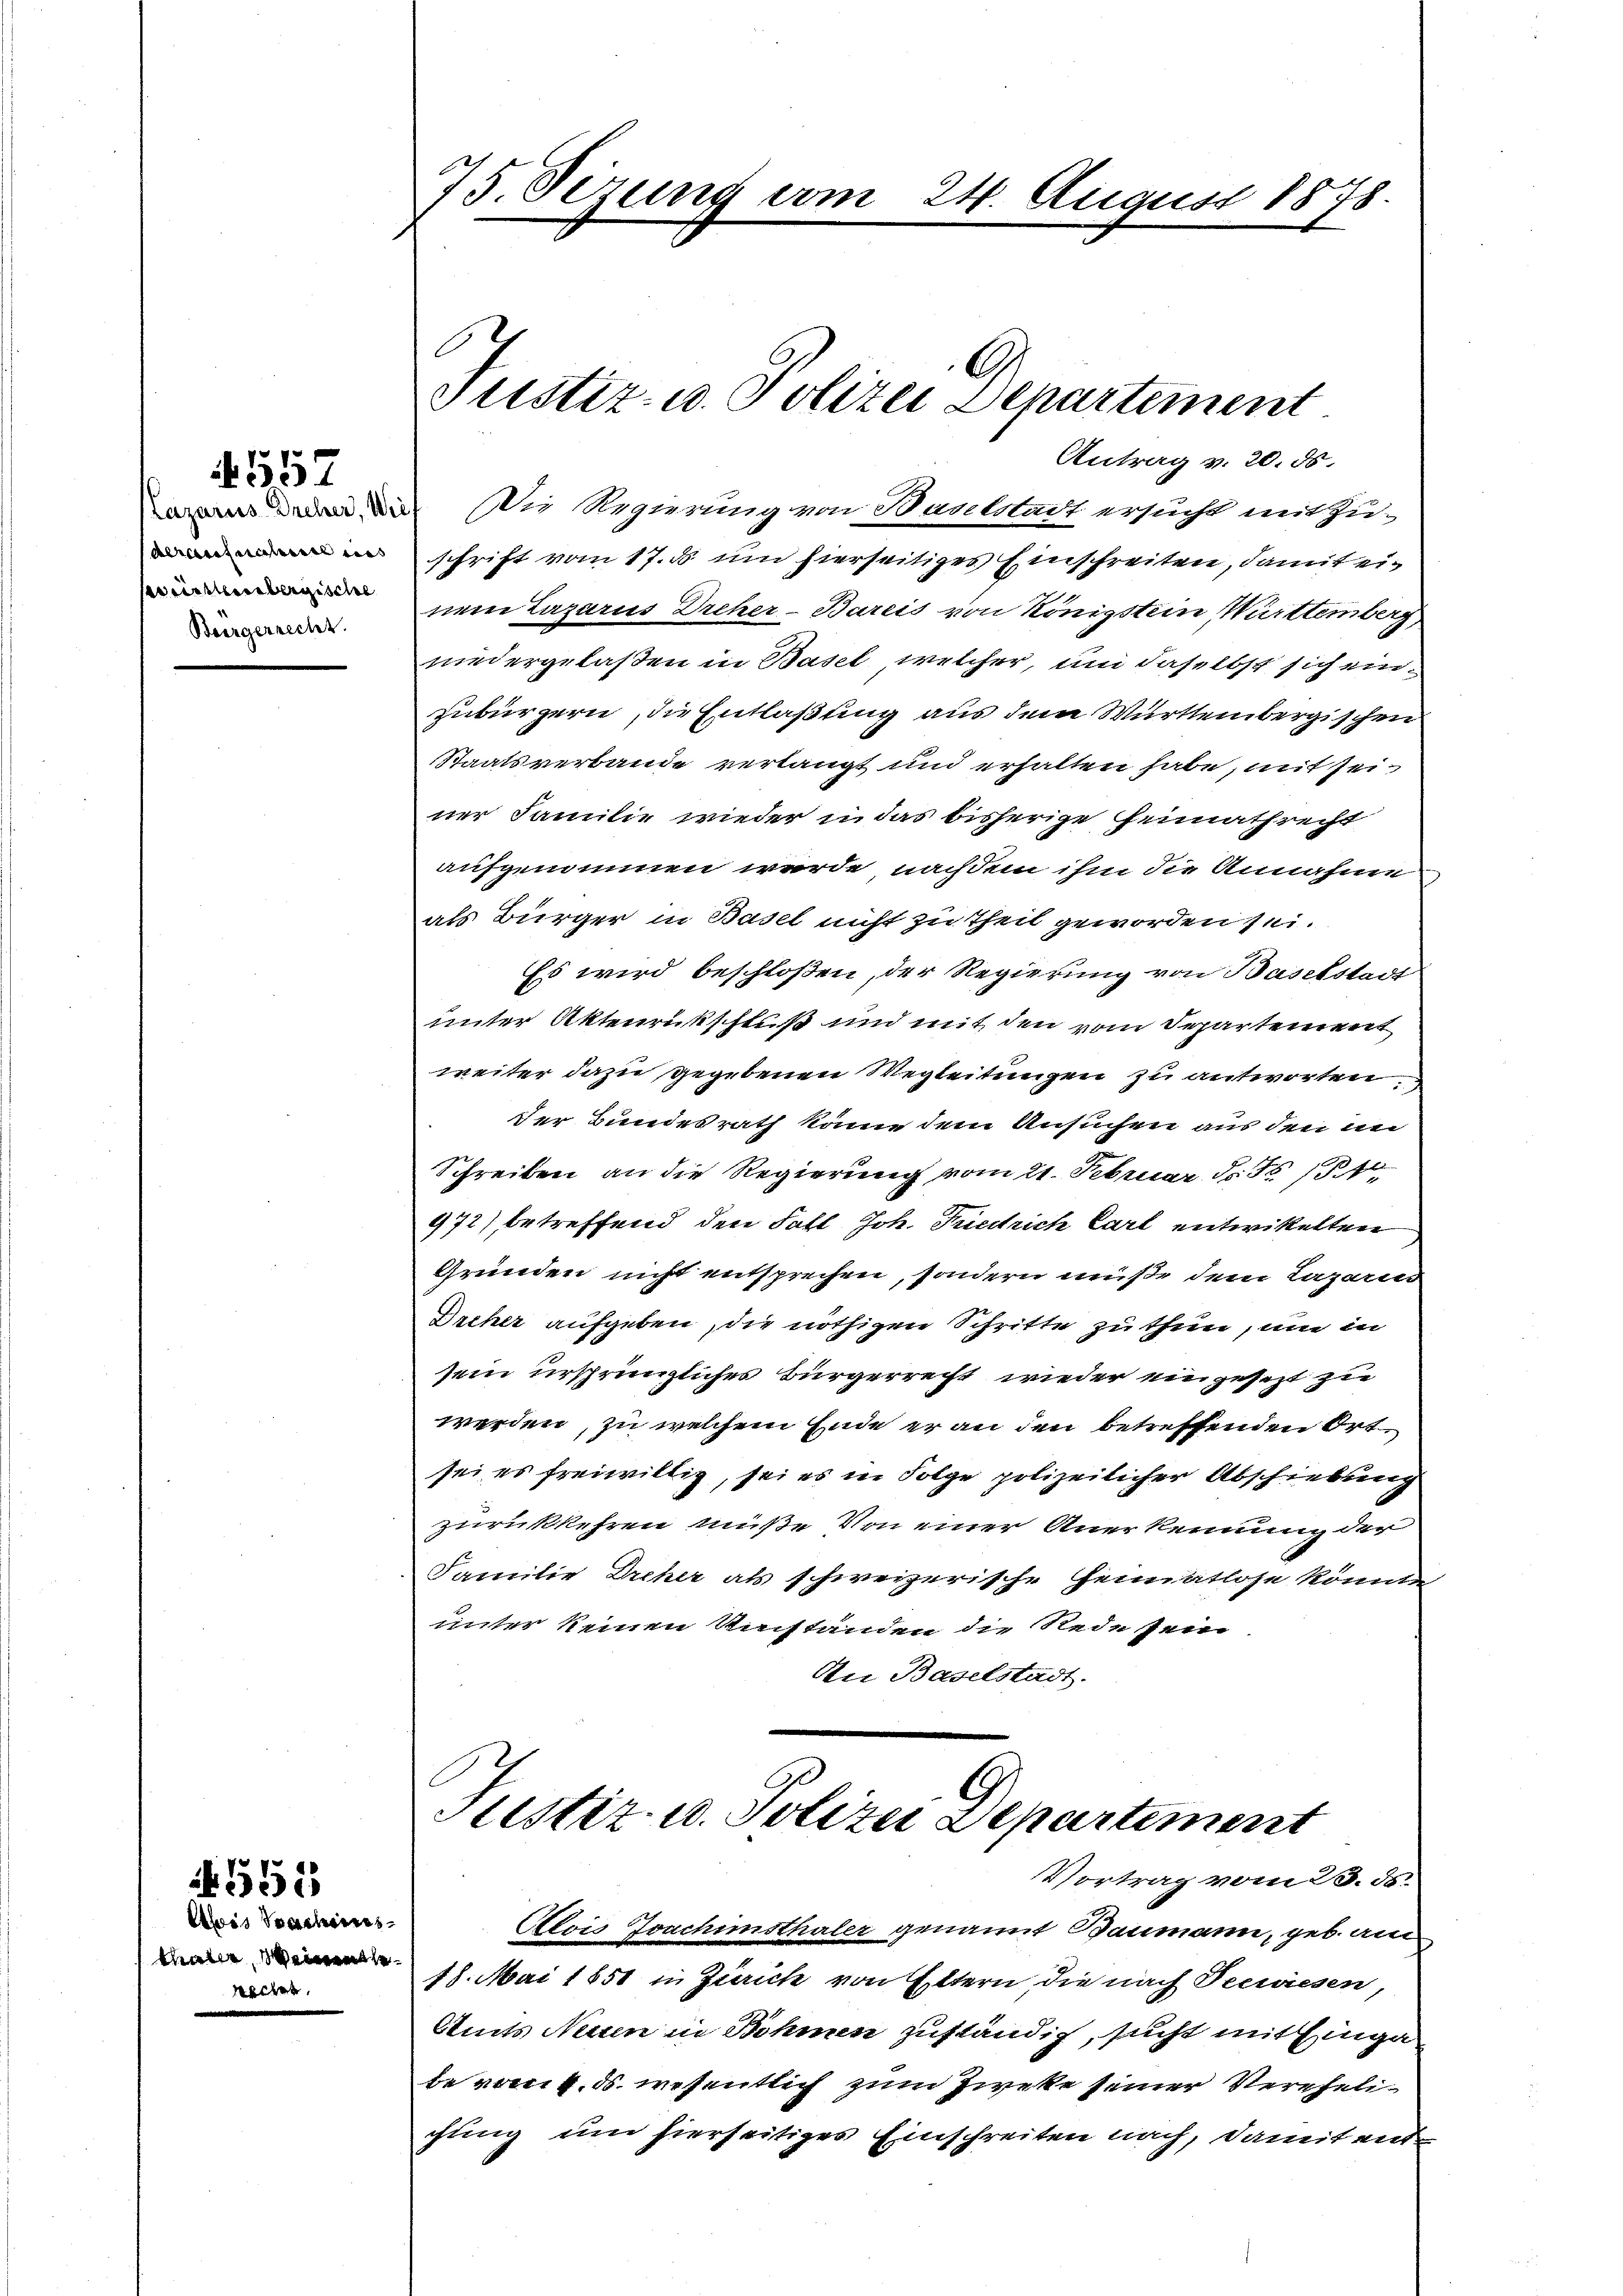
557

swirttembergische
Bergerrecht.

551

Abis Sacheines
Maier, seinets

75. Sezung am

Antrag v. 20. ds.
 mit Die Regierung von Baselstadt ersucht mitzu-

Justiz- u. Polizei Departement

24. August 1878.

schrift vom 17. d. um hierseitiges Einschreiten, damit einem Lazarus Dreher-Bareis von Königstein Württemberg,
niedergelaßen in Basel, welcher, um daselbst sich einzubürzern, die Entlaßung aus dem Württembergischen
Staatsverbande verlangt und erhalten habe, mit seiner Familie wieder in das bisherige Heimathrecht
aufgenommen wurde, nachdem ihm die Annahme
als Bürger in Basel nicht zu Theil geworden sei.
Es wird beschloßen, der Regierung von Baselstadt
unter Aktenrückschluß und mit den vom Departement
weiter dazu gegebenen Wegleitungen zu antworten.
der Bundesrath könne dem Ansuchen aus den und
Schreiben an die Regierung vom 21. Februar d. 1614
972) betreffend den Fall Joh. Petrich Carl entwickelten
Gründen nicht entsprechen, sondern müße dem Lazarus
Breker aufgeben, die nöthigen Schritte zu thun, um in
sein ursprüngliches Bürgerrecht wieder eingesezt zu
werden, zu welchem Ende er an den betreffenden Ortsei es freiwillig, sei es in Folge polizeilicher Abschiebung
zurückkehren müße. Von einer Anerkennung der
Familie Dreher als schweizerische Heimatlose könnte
unter keinen Umständen die Rede sein
An Baselstadt.

Justiz- u. Polizei Departement
Vortrag vom 23. ds.

Alois Joachimsthaler genannt Baumann, geb. am
18. Mai 1851 in Zürich von Eltern, die nach Teewiesen,
Amts Nein in Böhmen zuständig, sucht mit Einga
be vom 4. ds. wesentlich zum Zweke seiner Verehelichung um hierseitiges Einschreiten nach, damit ent